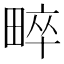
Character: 𤲠